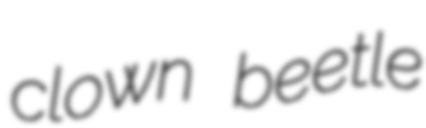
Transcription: clown beetle